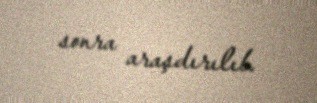
sonra araşdırılıb.